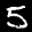
Digit: 5